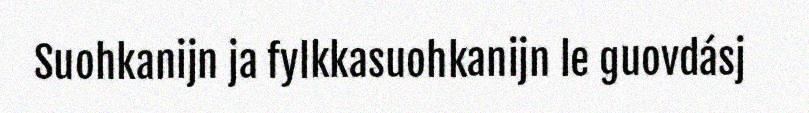
Suohkanijn ja fylkkasuohkanijn le guovdásj